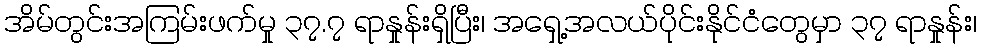
အိမ်တွင်းအကြမ်းဖက်မှု ၃၇.၇ ရာနှုန်းရှိပြီး၊ အရှေ့အလယ်ပိုင်းနိုင်ငံတွေမှာ ၃၇ ရာနှုန်း၊